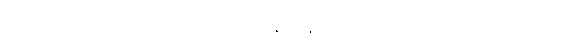
ရရှိချင်လို့ပဲ ဖြစ်ဖြစ်၊ ကင်မရာဝါသနာအိုးတွေနဲ့ ဒရုန်းချစ်သူတွေအတွက် အကြိုက်တွေ့စေမယ့်